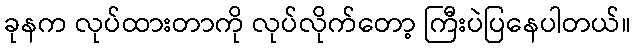
ခုနက လုပ်ထားတာကို လုပ်လိုက်တော့ ကြီးပဲပြနေပါတယ်။